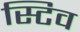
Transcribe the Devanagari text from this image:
स्टिव